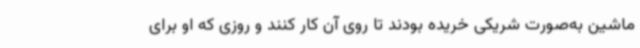
ماشین به‌صورت شریکی خریده بودند تا روی آن کار کنند و روزی که او برای